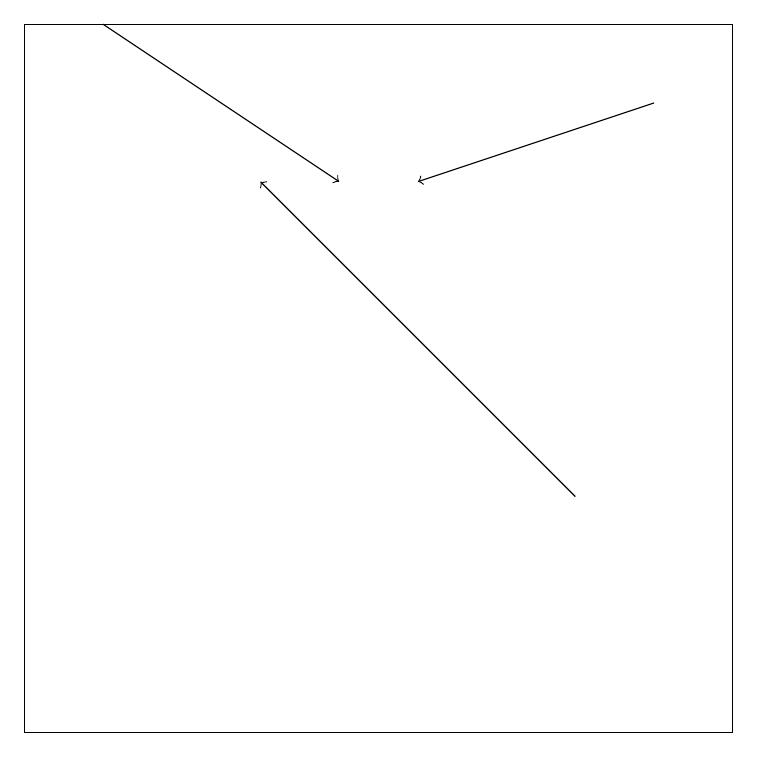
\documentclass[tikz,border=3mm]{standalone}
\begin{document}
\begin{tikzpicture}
\draw[->] (7,13) -- (3,17);
\draw[->] (8,18) -- (5,17);
\draw (9,10) rectangle (0,19);
\draw[->] (1,19) -- (4,17);
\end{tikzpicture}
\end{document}